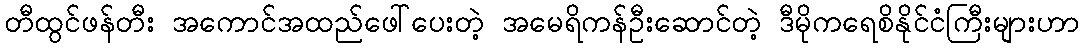
တီထွင်ဖန်တီး အကောင်အထည်ဖေါ်ပေးတဲ့ အမေရိကန်ဦးဆောင်တဲ့ ဒီမိုကရေစိနိုင်ငံကြီးများဟာ